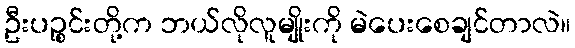
ဦးပဉ္စင်းတို့က ဘယ်လိုလူမျိုးကို မဲပေးစေချင်တာလဲ။